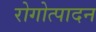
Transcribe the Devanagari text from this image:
रोगोत्पादन